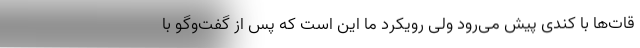
قات‌ها با کندی پیش می‌رود ولی رویکرد ما این است که پس از گفت‌وگو با